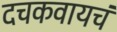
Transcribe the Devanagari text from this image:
दचकवायचं